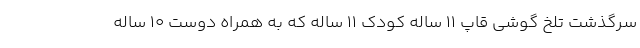
سرگذشت تلخ گوشی قاپ ۱۱ ساله کودک ۱۱ ساله‌ که به همراه دوست ۱۰ ساله